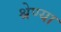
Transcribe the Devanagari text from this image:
श्रेण्या